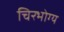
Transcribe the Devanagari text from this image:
चिरभोग्य